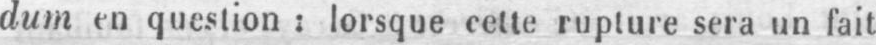
dum en question: lorsque cette rupture sera un fait